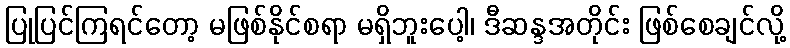
ပြုပြင်ကြရင်တော့ မဖြစ်နိုင်စရာ မရှိဘူးပေါ့၊ ဒီဆန္ဒအတိုင်း ဖြစ်စေချင်လို့